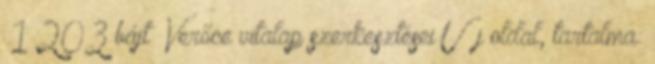
‎ 1 203 bájt ‎Verőce vitalap szerkesztései Új oldal, tartalma: